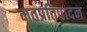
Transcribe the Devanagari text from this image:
मतप्रतिपादन